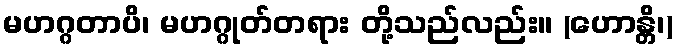
မဟဂ္ဂတာပိ၊ မဟဂ္ဂုတ်တရား တို့သည်လည်း။ (ဟောန္တိ၊)